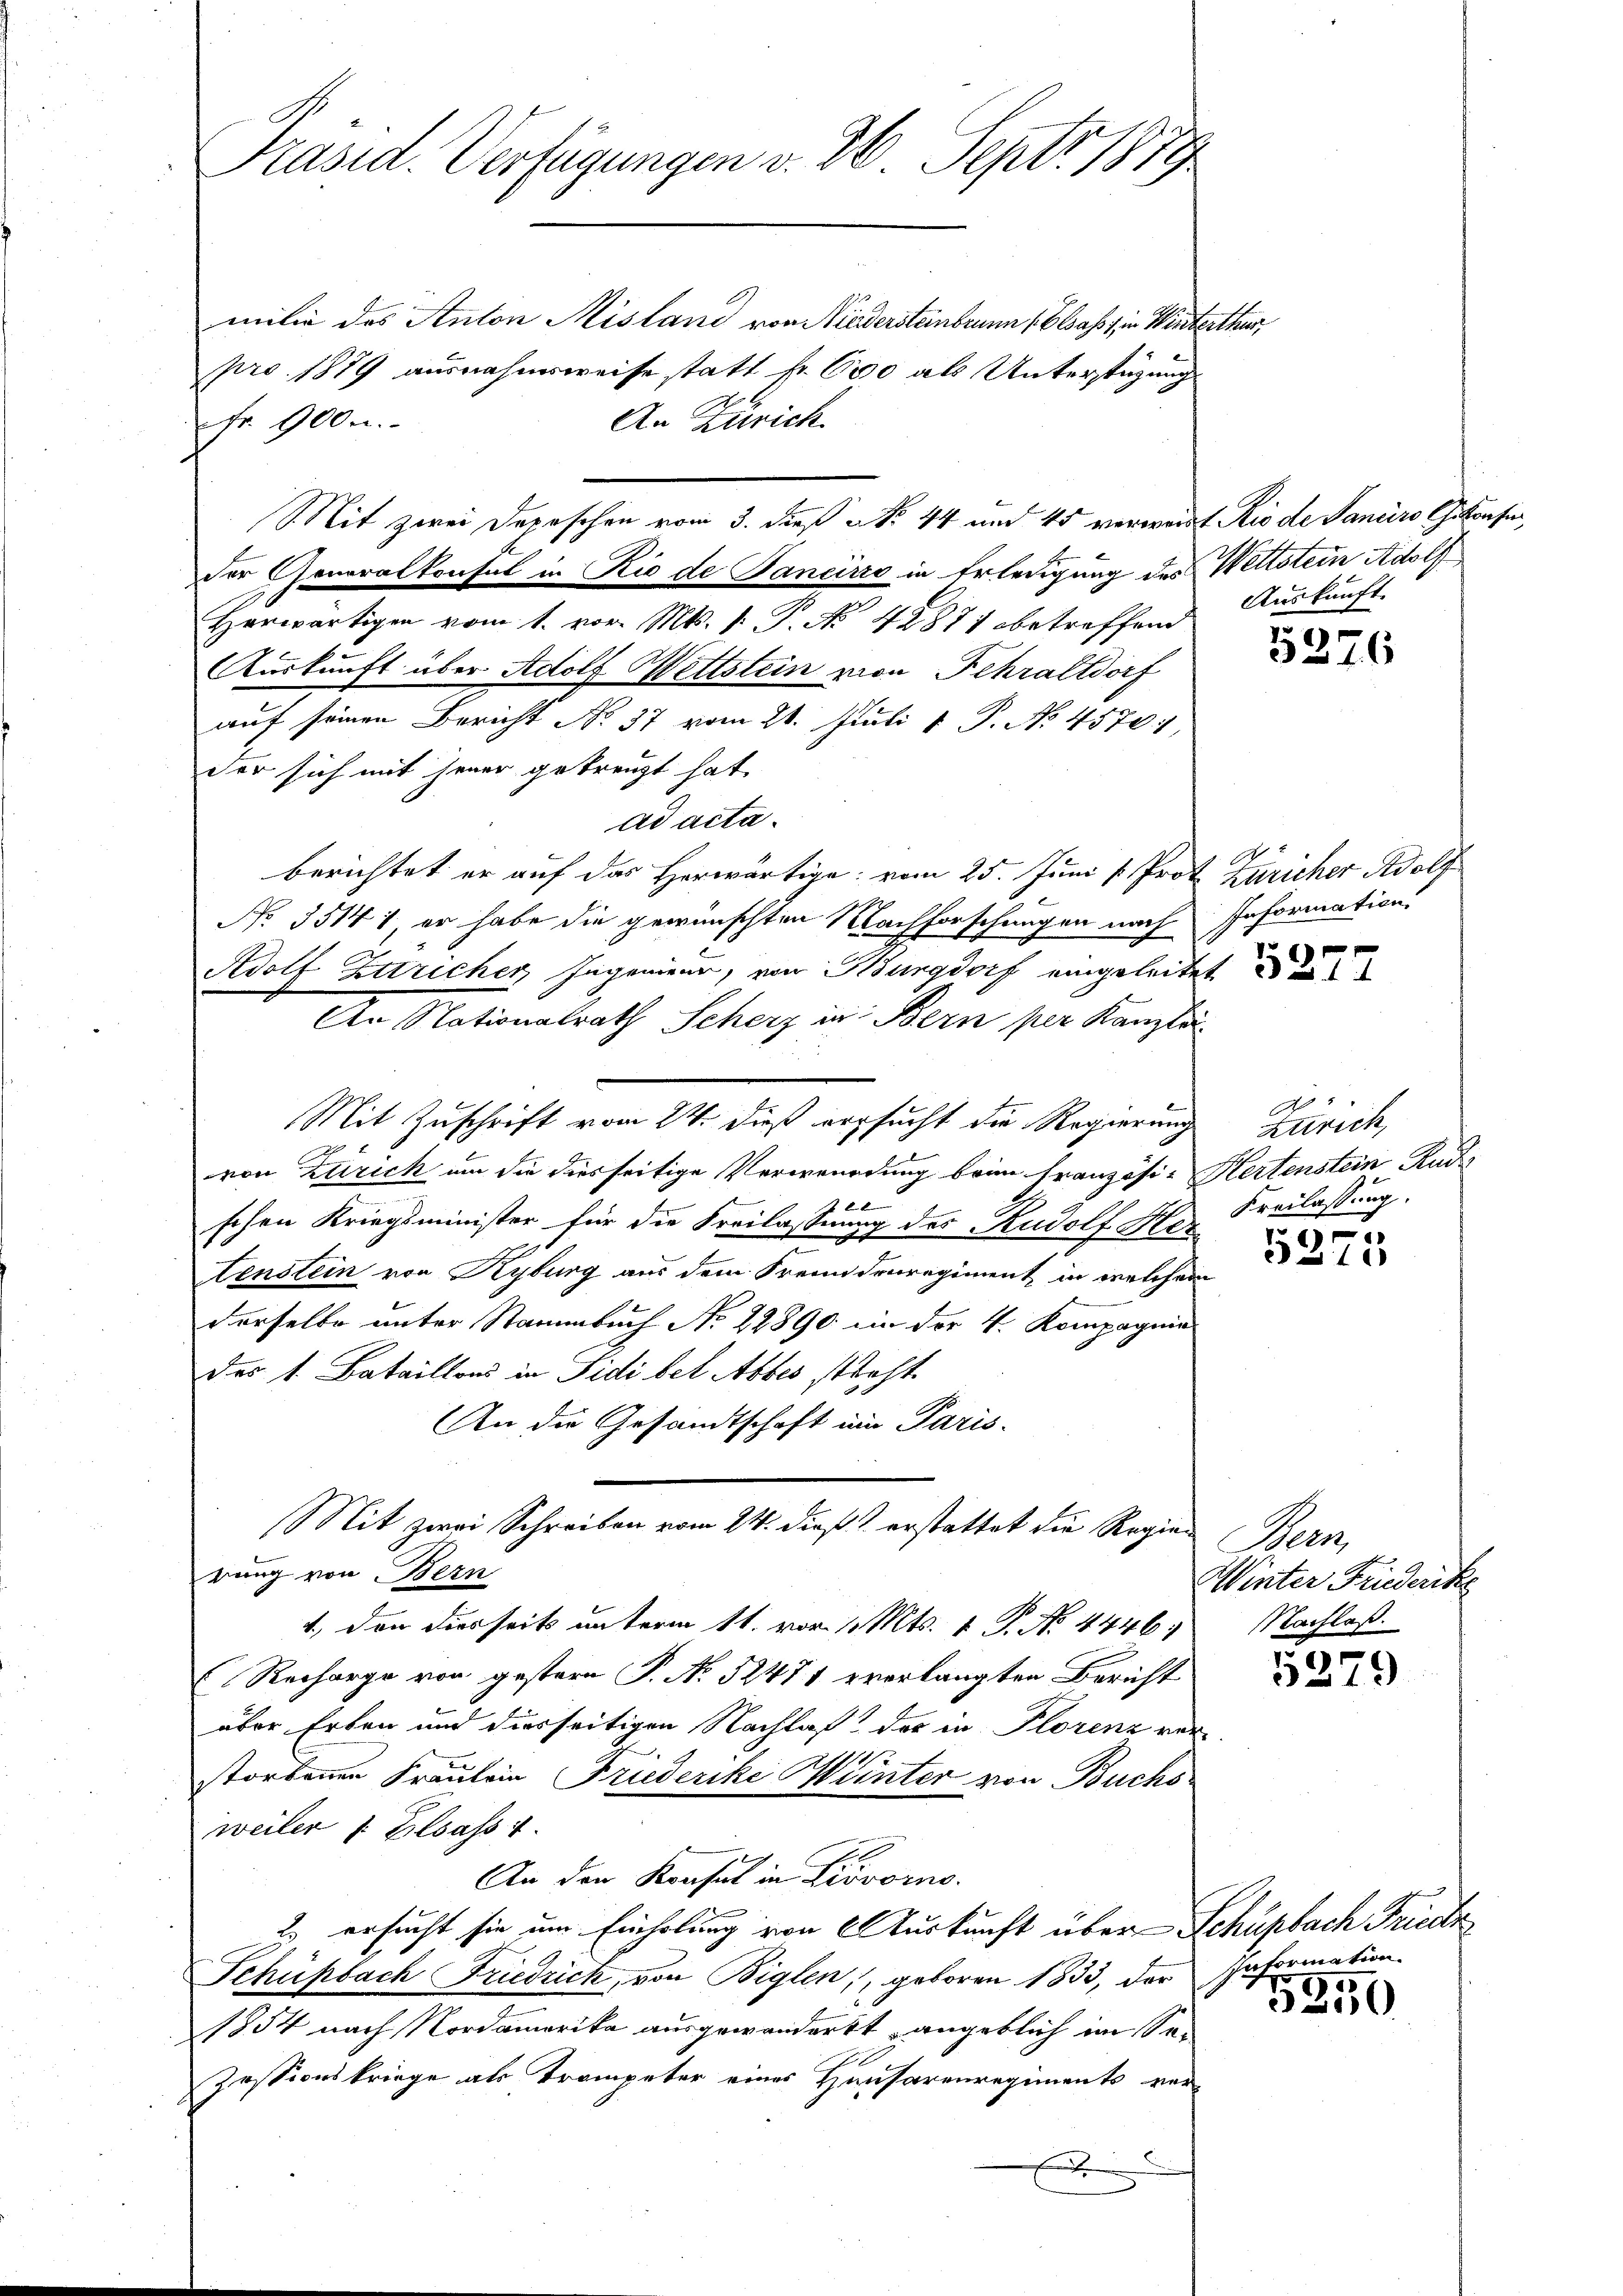
milie des Anton Mistand von Niedersteinbrunn (Elsass, in Winterthur,
pro. 1879 ausnahmsweise statt fr. 600 als Unterstüzung
An Zürich.
Fr. 900.
Mit zwei Depeschen vom 3. dieß No 44 und 45 verweit Rio de Janeiro Gekonfer,
der Generalkonsul in Rio de Pancirco in Erledigung des Wettstein Adolf
Herwärtigen vom 1. vor. Mts. 1. P. No. 42871 betreffend
Auskunft über Adolf Wettstein von Fehraltdorf
auf seinen Bericht No 37 vom 21. Juli 1 P. No 4570,
der sich mit jener gekreuzt hat.
ad acta.
berichtet er auf das Herwärtige vom 25. Juni v. Prot. Züricher Adolf
No. 35141, er habe die gewünschten Nachforschungen nach Information:
Adolf Ettricher, Ingenieur, von Burgdorf eingeleitet
An Nationalrath Scherz in Bern per Kanzlei
Mit Zuschrift vom 24. dieß versucht die Regierung Zürich,
von Zürich um die diesseitige Verwendung beim Französi-Hertenstein Rudi
f 22
schen Kriegsminister für die Freilassung des Rudolf Here
tenstein von Kyburg aus dem Freundenregiment, in welchem
derselbe unter Stammbuch No 22890 in der 4. Kompagnie
des 1. Bataillons in Fidi bei Abbes steht.
An die Gesandtschaft im Paris-
Mit zwei Schreiben vom 24. dieß & erstattet die Regien Bern,
rung von Bern
1., den diesseits unterm 11. vom 1. Mts. 1. P. No. 4446. Nachlaß
Recharge von gestern P. No 52471 verlangten Bericht
über Erben und diesseitigen Nachlaß der in Plorenz verstorbenen Fräulein Friederike Winter von Buchs
weiler v. Elsass 1.
An den Konsul in Livorno.
2.) ersucht sie um Einholung von Auskunft über Schüpfach Friede
Schüßbach Friedrich, von Biglen, geboren 1833, der Information
1854 nach Nordamerika ausgewandert, angeblich im Se¬
Zessionskriege als Trompeter eines Hausarenregiments ver-
x

Präsid. Verfügungen v. 26. Sept. 1879

Auskunft.

5376

f

Freilassung.

1
10

Winter Friederike

1915
1